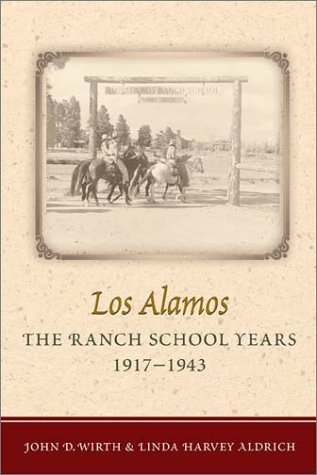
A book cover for Los Alamos--The Ranch School Years, 1917-1943; John D. Wirth; Test Preparation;